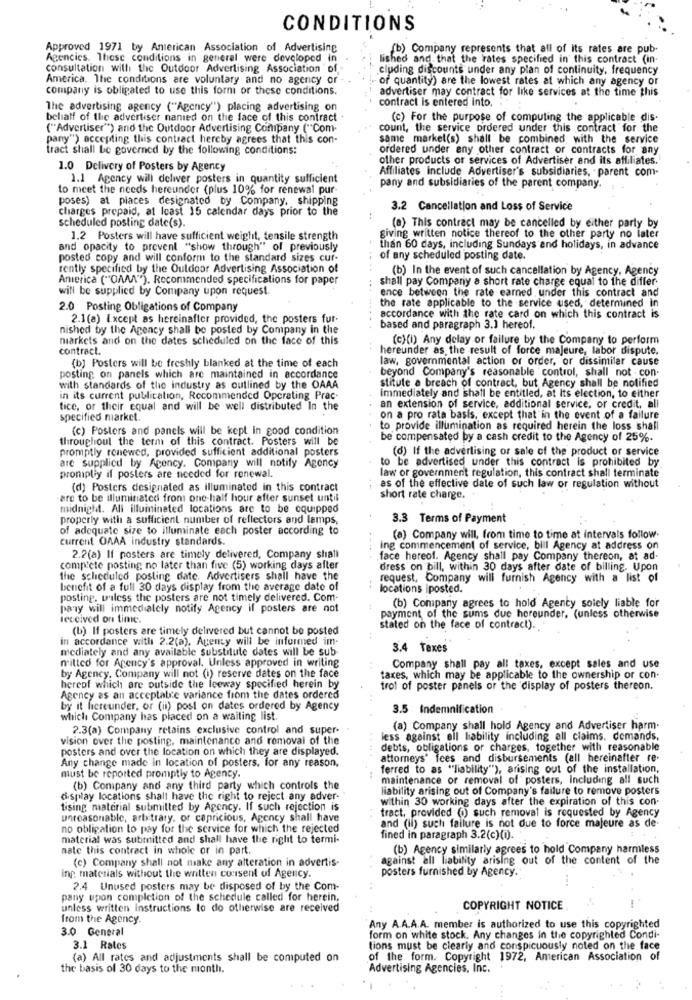
CONDITIONS
Approved 1971 by American Association of Advertising
(b), Company represents that all of its rates are pub.
Agencies. These conditions in general were developed in
lished and that the rates specified in this contract (in-
consultation with the Outdoor Advertising Association of
cluding discounts under any plan of continuity, frequency
America. The conditions are voluntary and no agency or
of quantity) are the lowest rates at which any agency or
company is obligated to use this forni or these conditions.
advertiser may contract for like services at the time this
contract is entered into.
The advertising agency ("Agency") placing advertising on
behalf of the advertiser nanied on the face of this contract
(c) For the purpose of computing the applicable dis.
("Advertiser") and the Outdoor Advertising Company ("Com-
count, the service ordered under this contract for the
pany") accepting this contract hereby agrees that this con-
same markel(s) shall be combined, with the service
tract shall be governed by the following conditions:
ordered under any other contract or contracts for any
other products or services of Advertiser and its affiliates.
1.0 Delivery of Posters by Agency
Affiliates include Advertiser's subsidiaries, parent com-
1.1 Agency will delwer posters in quantity sufficient
to meet the needs hereunder (plus 10% for renewal pur-
pany and subsidiaries of the parent company.
poses) at places designated by Company, shipping
charges prepaid, at least 15 calendar days prior to the
3.2 Cancellation and Loss of Service
scheduled posting date(s).
(a) This contract may be cancelled by either party by
1.2 Posters will have sufficient weight, tensile strength
giving written notice thereof to the other party no later
and opacity to prevent "show through" of previously
than 60 days, including Sundays and holidays, in advance
posted copy and will conform to the standard sizes cur-
of any scheduled posting date.
rently specified by the Outdoor Advertising Association of
(b) In the event of such cancellation by Agency, Agency
America ("OAAA"). Recommended specifications for paper
shall pay Company a short rate charge equal to the differ.
will be supplied by Company upon request
ence between the rate earned under this contract and
2.0 Posting Obligations of Company
the rate applicable to the service used, determined In
2.1(a) Except as hereinafter provided, the posters fur-
accordance with the rate card on which this contract is
nished by the Agency shall be posted by Company in the
based and paragraph 3.1 hereof.
markets and on the dates scheduled on the face of this
(c)(i) Any delay or failure by the Company to perform
contract.
hereunder as the result of force majeure, labor dispute.
law, governmental action or order, or dissimilar cause
(b) Posters will be freshly blanked at the time of each
beyond Company's reasonable control, shall not -con-
posting on panels which are maintained in accordance
stitute a breach of contract, but Agency shall be notified
with standards of the industry as outlined by the OAAA
in its current publication, Recommended Operating Prac-
immediately and shall be entitled, at Its election, to either
tice, or their equal and will be well distributed In the
an extension of service, additional service, or credit, all
specified market.
on a pro rata basis, except that in the event of a failure
(c) Posters and panels will be kept in good condition
to provide illumination as required herein the loss shall
throughout the term of this contract. Posters will be
be compensated by a cash credit to the Agency of 25%.
promptly renewed, provided sufficient additional posters
(d) If the advertising or sale of the product or service
to be advertised under this contract is prohibited by
are supplied by Agency. Company will notify Agency
law or government regulation, this contract shall terminate
promptly if posters are needed for renewal.
(d) Posters designated as illuminated in this contract
as of the effective date of such law or regulation without
are to be illuminated from one-half hour after sunset until
short rate charge.
midnight. All illuminated locations are to be equipped
properly with a sufficient number of reflectors and lamps,
3.3 Terms of Payment
of adequate size to illuminate each poster according to
current OAAA industry standards.
(a) Company will, from time to time at intervals follow.
ing commencement of service, bill Agency at address on
2.2(a) If posters are timely delivered, Company shall
face hereof. Agency shall pay Company thereon, at ad-
complete posting no later than five (5) working days after
dress on bill, within 30 days after date of billing. Upon
the scheduled posting date. Advertisers shall have the
request, Company will furnish Agency with a list of
benefit of a full 30 days display from the average date of
locations iposted.
posting. whiless the posters are not timely delivered. Com-
pary will immediately notify Agency il posters are not
(b) Company agrees to hold Agenty solely liable for
received on time
payment of the sums due hereunder. (unless otherwise
(b) If posters are timely delivered but cannot be posted
stated on the face of contract).
in accordance with 2.2(a), Agenty will be informed im-
mediately and any available substitute dates will be sub-
3.4 Taxes
mitted for Agency's approval. Unless approved in writing
Company shall pay all taxes, except sales and use
by Agency, Company will not (i) reserve dates on the face
taxes, which may be applicable to the ownership or con-
hereof which are outside the leeway specified herein by
trol of poster panels or the display of posters thereon.
Agency as an acceptable variance from the dates ordered
by it licreunder, or (ii) post on dates ordered by Agency
3.5 Indemnification
which Company has placed on a waiting list.
2.3(a) Company retains exclusive control and super-
(a) Company shall hold Agency and Advertiser harm-
vision over the posting, maintenance and removal of the
less against all liability including all claims. demands,
posters and over the location on which they are displayed.
....
debts, obligations or charges, together with reasonable
Any change made in location of posters, for any reason.
attorneys' fees and disbursements (all hereinafter re-
ferred to as "liability"), arising out of the installation,
must be reported promptly to Agency.
maintenance or removal of posters, Including all such
(b) Company and any third party which controls the
liability arising out of Company's failure to remove posters
display locations shall have the right to reject any adver-
within 30 working days after the expiration of this con-
tising material submitted by Agency. If such rejection is
tract, provided (o) such removal is requested by Agency
unreasonable, arbitrary, or capricious, Agency Shall have
and (il) such failure is not due to force majeure as de
no obligation to pay for the service for which the rejected
material was submitted and shall have the right to termi-
fined in paragraph 3.2(c)(i).
nate this contract in whole or in part.
(b) Agency similarly agrees to hold Company harmless
(c) Company shall not make any alteration in advertis-
against all liability arising out of the content of the
posters furnished by Agency.
Ing materials without the written consent of Agency.
2.4 Unused posters may be disposed of by the Com-
pany upon completion of the schedule called for herein.
unless written instructions to do otherwise are received
COPYRIGHT NOTICE
from the Agency.
3.0 General
Any A.A.A.A. member is authorized to use this copyrighted
form on white stock. Any changes in the copyrighted Condi-
3.1 Rates
tions must be clearly and conspicuously noted on the face
(a) All rates and adjustments shall be computed on
of the form. Copyright 1972, American Association of
the basis of 30 days to the month.
Advertising Agencies, Inc.